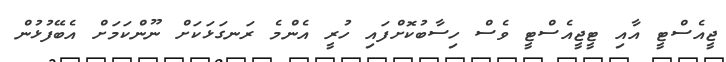
ޖީއެސްޓީ އާއި ޓީޖީއެސްޓީ ވެސް ހިސާބުކޮށްފައި ހުރީ އެންމެ ރަނގަޅަކަށް ނޫންކަމަށް އެބޭފުޅުން